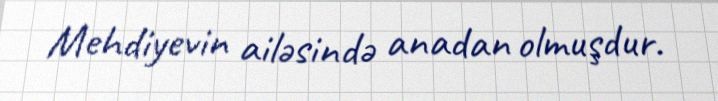
Mehdiyevin ailəsində anadan olmuşdur.